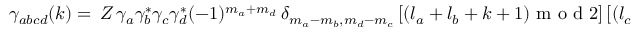
\begin{array} { r } { \gamma _ { a b c d } ( k ) = \, Z \, \gamma _ { a } \gamma _ { b } ^ { * } \gamma _ { c } \gamma _ { d } ^ { * } ( - 1 ) ^ { m _ { a } + m _ { d } } \, \delta _ { m _ { a } - m _ { b } , m _ { d } - m _ { c } } \, [ ( l _ { a } + l _ { b } + k + 1 ) \mathrm { ~ m ~ o ~ d ~ } 2 ] \, [ ( l _ { c } + l _ { d } + k + 1 ) \mathrm { ~ m ~ o ~ d ~ } 2 ] \, . } \end{array}